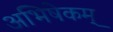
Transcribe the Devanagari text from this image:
अभिषेकम्